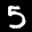
Label: 5